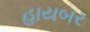
હાયબર